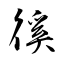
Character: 徯